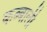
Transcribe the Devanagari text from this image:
कब्बाली